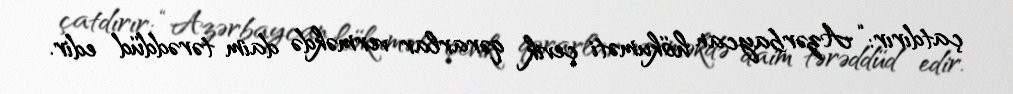
çatdırır: “Azərbaycan hökuməti çevik qərarlar verməkdə daim tərəddüd edir.